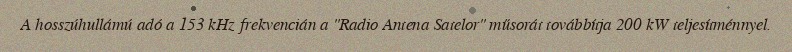
A hosszúhullámú adó a 153 kHz frekvencián a "Radio Antena Satelor" műsorát továbbítja 200 kW teljesítménnyel.